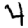
Digit: 4